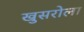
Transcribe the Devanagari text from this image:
खुसरोला